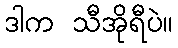
ဒါက သီအိုရီပဲ။